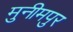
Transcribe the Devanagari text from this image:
मुनीमपुर